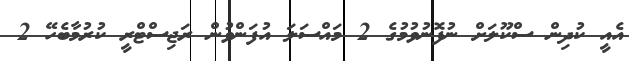
އެއީ ކުދިން ސްކޫލަށް ނުފޮނުވުމުގެ 2 މައްސަލަ އުފަންވުން ރަޖިސްޓްރީ ކުރުމާބެހޭ 2